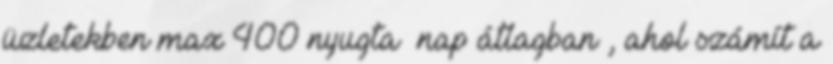
üzletekben max 400 nyugta nap átlagban , ahol számít a